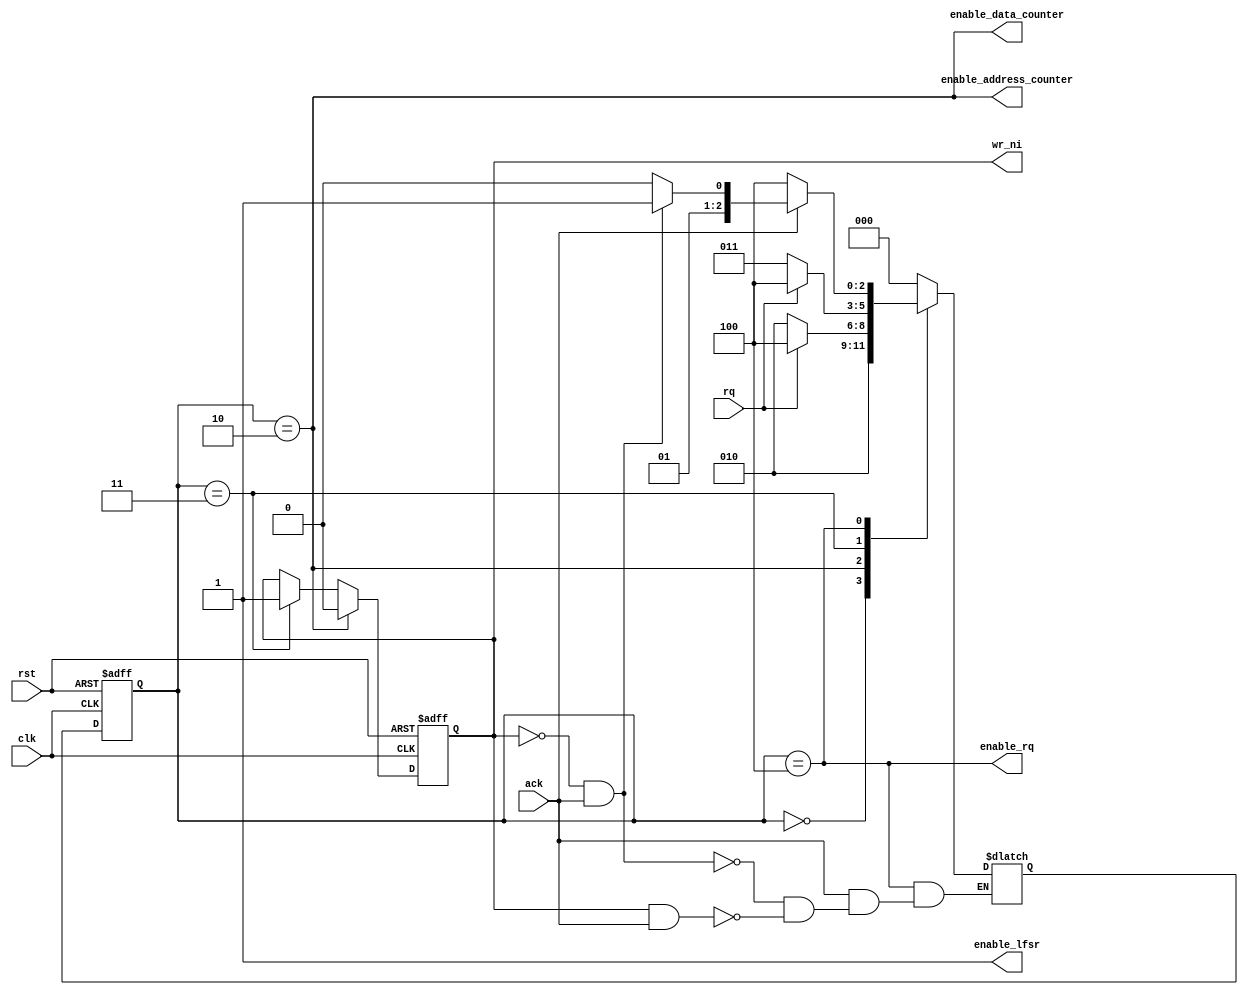
// Module:  client_control_logic

module client_control_logic
(
    input       clk,
    input       rst,
    input       ack,
    input       rq,
    output      enable_address_counter,
    output      enable_data_counter,
    output      enable_lfsr,
    output      enable_rq,
    output      wr_ni
);


    //State parameters
    parameter IDLE                          = 3'b000; // Idle state
    parameter GENERATE_WRITE_TRANSACTION    = 3'b010; // Wait for the request signal to be generated, generate write transaction
    parameter GENERATE_READ_TRANSACTION     = 3'b011; // Wait for the request signal to be generated, generate write transaction
    parameter WAIT_ACK                      = 3'b100; // Wait for receiving ack


    // Internal signals and registers
    reg [2:0] state;
    reg [2:0] next_state;
    reg       wr_ni_reg;



    // State transition

    always @(posedge clk or posedge rst)
    begin
        if(rst) state <= IDLE;
        else state <= next_state;
    end 

    always @(*)
    begin
        case (state)

            IDLE: next_state <= GENERATE_WRITE_TRANSACTION;

            GENERATE_WRITE_TRANSACTION: if (rq == 'b0) next_state <= GENERATE_WRITE_TRANSACTION;
                                        else           next_state <= WAIT_ACK;

            GENERATE_READ_TRANSACTION:  if (rq == 'b0) next_state <= GENERATE_READ_TRANSACTION;
                                        else           next_state <= WAIT_ACK;

            WAIT_ACK:   if (ack == 'b0)                             next_state <= WAIT_ACK;
                        else if (wr_ni_reg == 'b0 && ack == 'b1)    next_state <= GENERATE_READ_TRANSACTION;
                        else if (wr_ni_reg == 'b1 && ack == 'b1)    next_state <= GENERATE_WRITE_TRANSACTION;

            default: next_state <= IDLE;
        endcase 

    end

    // wr_ni reg behaviour
    always @(posedge clk or posedge rst)
    begin
        if(rst) wr_ni_reg <= 'b0;
        else if(state == GENERATE_WRITE_TRANSACTION) wr_ni_reg <= 'b0;
        else if(state == GENERATE_READ_TRANSACTION)  wr_ni_reg <= 'b1;
    end 

    assign wr_ni                    = wr_ni_reg;
    assign enable_address_counter   = state == GENERATE_WRITE_TRANSACTION;   
    assign enable_data_counter      = state == GENERATE_WRITE_TRANSACTION;  
    assign enable_lfsr              = state == GENERATE_WRITE_TRANSACTION | GENERATE_READ_TRANSACTION;  
    assign enable_rq                = state == WAIT_ACK;

endmodule // client_control_logic